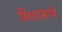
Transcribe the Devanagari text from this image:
मिठामध्ये